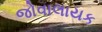
જોવાલાયક